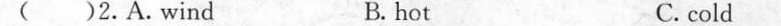
( )2.A.wind B. hot C. cold